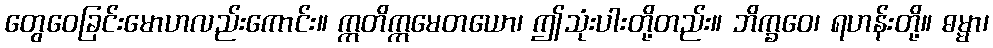
တွေဝေခြင်းမောဟလည်းကောင်း။ ဣတိဣမေတယော၊ ဤသုံးပါးတို့တည်း။ ဘိက္ခဝေ၊ ရဟန်းတို့။ ဓမ္မာ၊